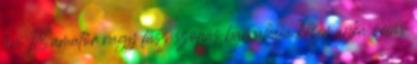
tini 18 amatőr nagy fasz szopás barnahajú kézimunka óriás